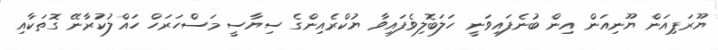
ޔޫރަޕިއަން ޔޫނިއަން އިން ބުނެފައިވަނީ ހަލަބޮލިވެފައިވާ ޔުކްރެއިންގެ ސިޔާސީ މަސްހަރަހް ހައްލުކުރާނޭ ގޮތަކާއި